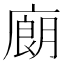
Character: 𰐁